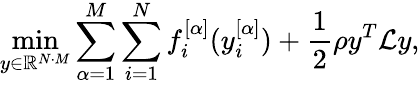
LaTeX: \operatorname*{min}_{y\in\mathbb{R}^{N\cdot M}}\sum_{\alpha=1}^{M}\sum_{i=1}^{N}f_{i}^{[\alpha]}(y_{i}^{[\alpha]})+\frac{1}{2}\rho y^{T}\mathcal{L}y,